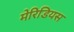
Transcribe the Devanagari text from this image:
मेरिडियस